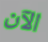
الآن